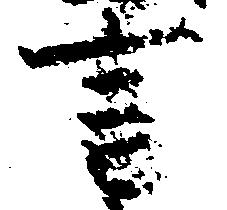
言